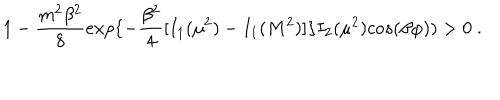
1 - { \frac { m ^ { 2 } \beta ^ { 2 } } { 8 } } e x p \{ - { \frac { \beta ^ { 2 } } { 4 } } [ I _ { 1 } ( \mu ^ { 2 } ) - I _ { 1 } ( M ^ { 2 } ) ] \} I _ { 2 } ( \mu ^ { 2 } ) c o s ( \beta \varphi ) ) > 0 \; .